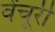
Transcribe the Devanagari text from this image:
वेंचूरी